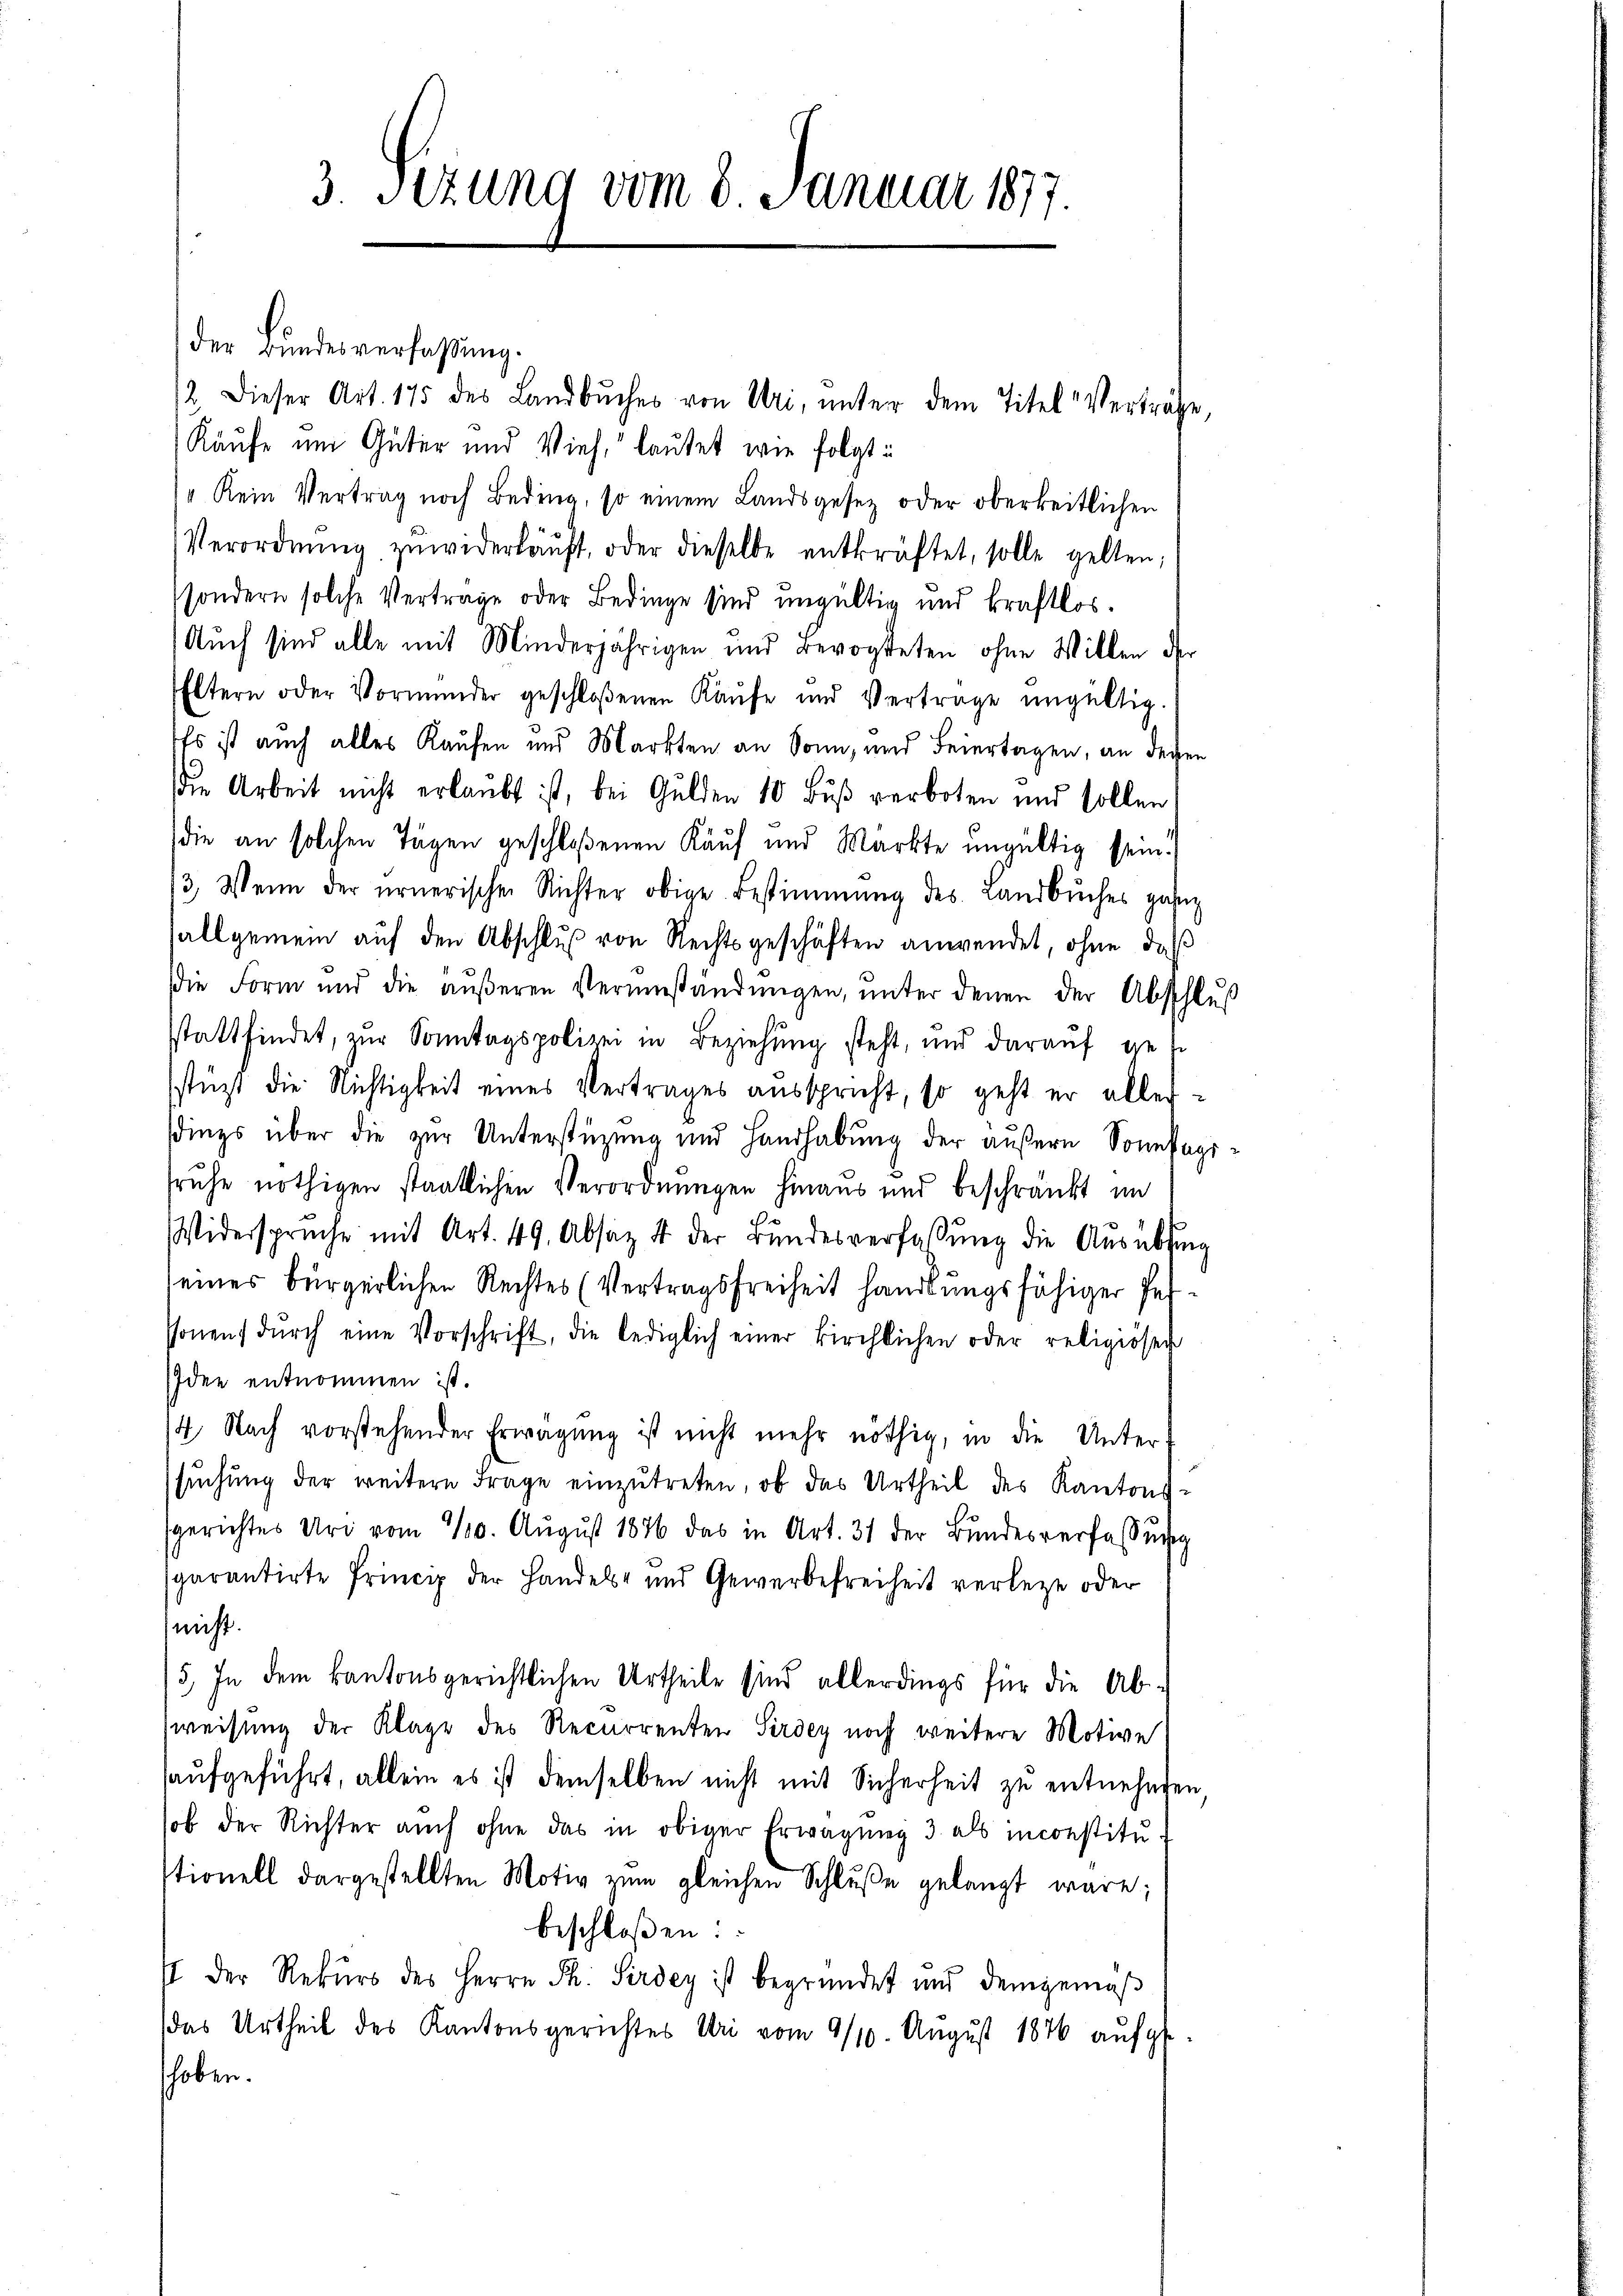
3. Sezung vom 8. Januar 1877.

der Bundesverfaßung.
/2. Dieser Art. 175 des Landbuches von Uri, unter dem Titel Verträge,
Käufe um Güter und Vieh, lautet wie folgt u
 Kein Vertrag noch Beding, so einem Landsgesetz oder oberkeitlichen
Verordnŭng zŭwiderläuft, oder dieselbe entkräftet, solle gelten,
sondern solche Vertrage oder Bedinge sind ungültig und kraftlos.
Auch sind alle mit Minderjährigen und Bevogteten ohne Willen der
Eltern oder Vormunder geschloßenen Kaŭfe und Vertrage ungültig.
Es ist auch alles Kaufen und Markten an Sonn, und Feiertagen, an dessen
Die Arbeit nicht erlaubt ist, bei Gulden 10 Bŭβ verboten und sollen
die an solchen Tagen geschloßenen Kauf und Märkte ungültig sein.
/3. Wenn der ernerischen Richter obige Bestimmung des Landbuches ganz
allgemein aŭf den Abschlŭβ von Rechtsgeschäften anwendet, ohne daß
die Form und die aŭβeren Verumständungen, ŭnter denen der Abschluß
sstattfindet, zŭr Sonntagspolizei in Beziehung steht, und daraŭf get
stüzt die Nichtigkeit eines Vertrages ausspricht, so geht er aller-
sdings über die zur Unterstüzung und Handhabung der äußern Sonntagisruhe nöthigen staatlichen Verordnungen hinaus und beschränkt im
Widerspruche mit Art. 49. Absatz 4 der Bŭndesverfassŭng die Aŭsübsing
seines bürgerlichen Rechtes (Vertragsfreiheit handlungsfähiger Perstonen dŭrch eine Vorschrift, die lediglich einer kirchlichen oder religiöser
Idee entnommen ist.
4. Nach vorstehender Erwägŭng ist nicht mehr nöthig, in die Unter-
sŭchŭng der weitere Frage einzŭtreten, ob das Urtheil des Kantons-
gerichtes Uri vom 30. August 1876 das in Art. 31 der Bundesverfassung
sparantirte Princip der Handels- und Gewerbefreiheit verlege oder
nicht.
5. In dem kantonsgerichtlichen Urtheile sind allerdings für die Abweisung der Klage des Recurrenten Sirdey noch weitere Motive
haufgeführt, allein es ist demselben nicht mit Sicherheit zu entnehmen.
sob der Richter auch ohne das in obiger Erwägung 3 als inconstitu-
stionell dargestellten Motiv zŭm gleichen Schlŭβe gelangt wäre;
beschloßen:
I der Rekŭrs des Herrn Ph. Sirdey ist begründet und demgemäβ
(das Urtheil des Kantonsgerichtes Uri vom 9/10. Aŭgŭst 1876 aŭfge-
schoben.